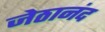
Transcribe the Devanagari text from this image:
जेठानंद